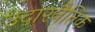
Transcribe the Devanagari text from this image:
उदारनैतिक